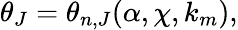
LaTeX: \begin{array}{r}{\theta_{J}=\theta_{n,J}(\alpha,\chi,k_{m}),}\end{array}